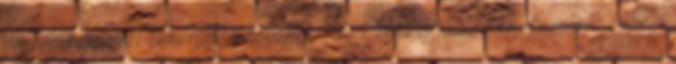
végén Fokozott fehérje és ásványianyag igény Kukorica, lucerna, repce,